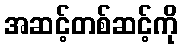
အဆင့်တစ်ဆင့်ကို